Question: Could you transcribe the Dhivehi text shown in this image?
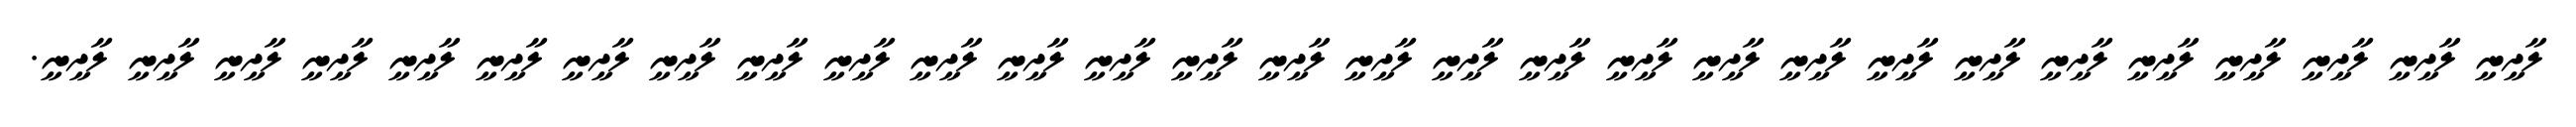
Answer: ލާދީނީ ލާދީނީ ލާދީނީ ލާދީނީ ލާދީނީ ލާދީނީ ލާދީނީ ލާދީނީ ލާދީނީ ލާދީނީ ލާދީނީ ލާދީނީ ލާދީނީ ލާދީނީ ލާދީނީ ލާދީނީ ލާދީނީ ލާދީނީ ލާދީނީ ލާދީނީ ލާދީނީ ލާދީނީ ލާދީނީ ލާދީނީ ލާދީނީ ލާދީނީ ލާދީނީ ލާދީނީ ލާދީނީ.